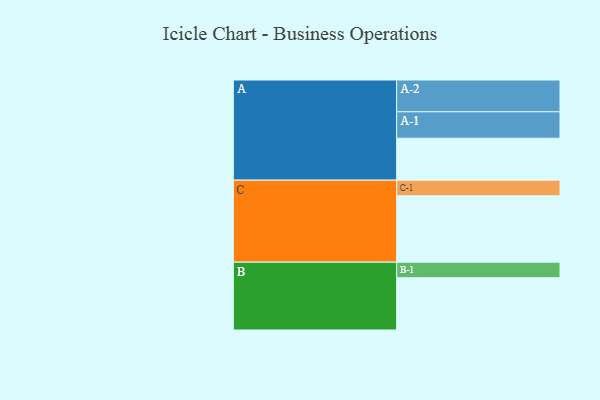
{"axis": {"x": "Segment", "y": "Value"}, "legend": ["", "A", "B", "C"], "data": [{"x": "A", "y": 372, "type": ""}, {"x": "B", "y": 464, "type": ""}, {"x": "C", "y": 589, "type": ""}, {"x": "A-1", "y": 235, "type": "A"}, {"x": "A-2", "y": 282, "type": "A"}, {"x": "B-1", "y": 138, "type": "B"}, {"x": "C-1", "y": 139, "type": "C"}]}